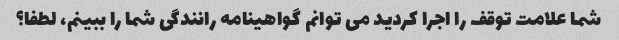
شما علامت توقف را اجرا کردید می توانم گواهینامه رانندگی شما را ببینم، لطفا؟